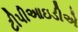
ટીપીઆઇડીએ